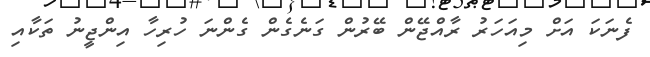
ފެނަކަ އަށް މިއަހަރު ރާއްޖޭން ބޭރުން ގަނެގެން ގެންނަ ހުރިހާ އިންޖީނު ތަކާއި